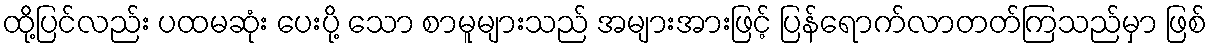
ထို့ပြင်လည်း ပထမဆုံး ပေးပို့ သော စာမူများသည် အများအားဖြင့် ပြန်ရောက်လာတတ်ကြသည်မှာ ဖြစ်